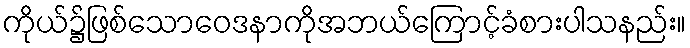
ကိုယ်၌ဖြစ်သောဝေဒနာကိုအဘယ်ကြောင့်ခံစားပါသနည်း။